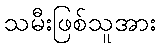
သမီးဖြစ်သူအား